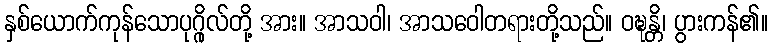
နှစ်ယောက်ကုန်သောပုဂ္ဂိုလ်တို့ အား။ အာသဝါ၊ အာသဝေါတရားတို့သည်။ ဝဍ္ဎန္တိ၊ ပွားကန်၏။